Annual report on the Civil Veterinary Department, Burma (including the Insein Veterinary School) - 1923-1931
Year: 1923
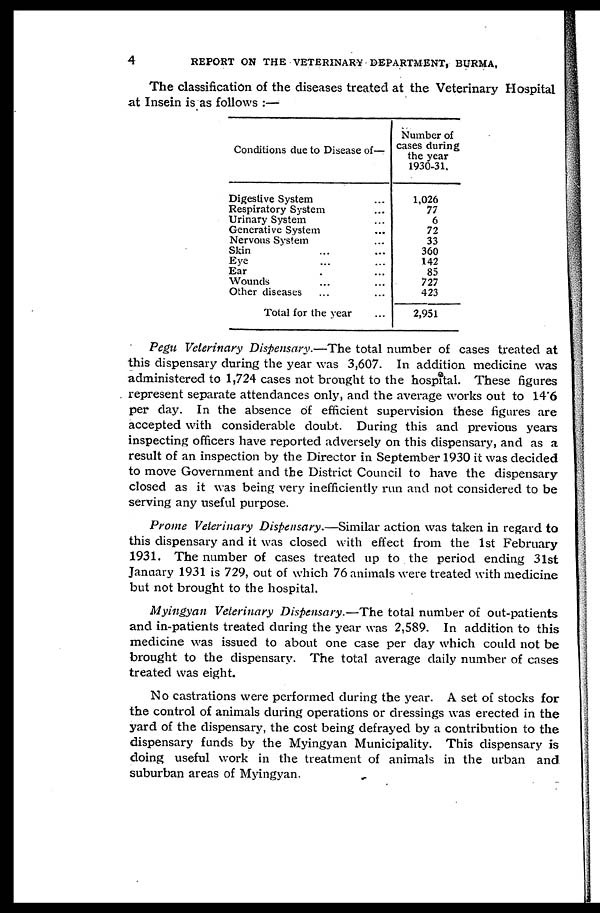
4
REPORT ON THE VETERINARY DEPARTMENT, BURMA.
The classification of the diseases treated at the Veterinary Hospital
at Insein is as follows:—
Conditions due to Disease of—
Digestive System ...
Respiratory System ...
Urinary System ...
Generative System ...
Nervous System ...
Skin ... ...
Eye ... ...
Ear ... ...
Wounds ... ...
Other diseases ... ...
Total for the year ...
Number of
cases during
the year
1930-31.
1,026
77
6
72
33
360
142
85
727
423
2,951
Pegu Veterinary Dispensary.—The total number of cases treated at
this dispensary during the year was 3,607. In addition medicine was
administered to 1,724 cases not brought to the hospital. These figures
represent separate attendances only, and the average works out to 14 6
per day. In the absence of efficient supervision these figures are
accepted with considerable doubt. During this and previous years
inspecting officers have reported adversely on this dispensary, and as a
result of an inspection by the Director in September 1930 it was decided
to move Government and the District Council to have the dispensary
closed as it was being very inefficiently run and not considered to be
serving any useful purpose.
Prome Veterinary Dispensary.—Similar action was taken in regard to
this dispensary and it was closed with effect from the 1st February
1931. The number of cases treated up to the period ending 31st
January 1931 is 729, out of which 76 animals were treated with medicine
but not brought to the hospital.
Myingyan Veterinary Dispensary.—The total number of out-patients
and in-patients treated during the year was 2,589. In addition to this
medicine was issued to about one case per day which could not be
brought to the dispensary. The total average daily number of cases
treated was eight.
No castrations were performed during the year. A set of stocks for
the control of animals during operations or dressings was erected in the
yard of the dispensary, the cost being defrayed by a contribution to the
dispensary funds by the Myingyan Municipality. This dispensary is
doing useful work in the treatment of animals in the urban and
suburban areas of Myingyan.